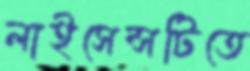
লাইসেন্সটিতে